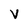
Character: V